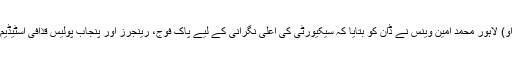
کیپٹل سٹی پولیس آفیسر (سی سی پی او) لاہور محمد امین وینس نے ڈان کو بتایا کہ سیکیورٹی کی اعلیٰ نگرانی کے لیے پاک فوج، رینجرز اور پنجاب پولیس قذافی اسٹیڈیم کے اطراف کا کنٹرول سنبھالیں گی۔